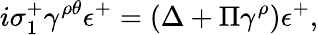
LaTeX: i\sigma_{1}^{+}\gamma^{\rho\theta}\epsilon^{+}=(\Delta+\Pi\gamma^{\rho})\epsilon^{+},